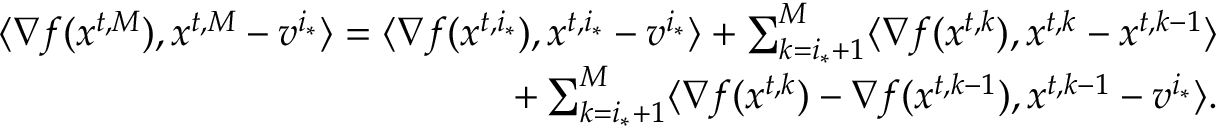
\begin{array} { r } { \langle \nabla f ( { x } ^ { t , M } ) , { x } ^ { t , M } - { v } ^ { i _ { * } } \rangle = \langle \nabla f ( { x } ^ { t , i _ { * } } ) , { x } ^ { t , i _ { * } } - { v } ^ { i _ { * } } \rangle + \sum _ { k = i _ { * } + 1 } ^ { M } \langle \nabla f ( { x } ^ { t , k } ) , { x } ^ { t , k } - { x } ^ { t , k - 1 } \rangle } \\ { + \sum _ { k = i _ { * } + 1 } ^ { M } \langle \nabla f ( { x } ^ { t , k } ) - \nabla f ( { x } ^ { t , k - 1 } ) , { x } ^ { t , k - 1 } - { v } ^ { i _ { * } } \rangle . } \end{array}